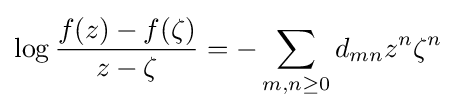
\log {f(z)-f(\zeta ) \over z-\zeta }=-\sum _{m,n\geq 0}d_{mn}z^{n}\zeta ^{n}